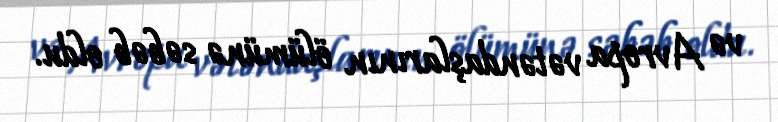
və Avropa vətəndaşlarının ölümünə səbəb oldu.